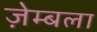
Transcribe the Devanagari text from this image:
ज़ेम्बला